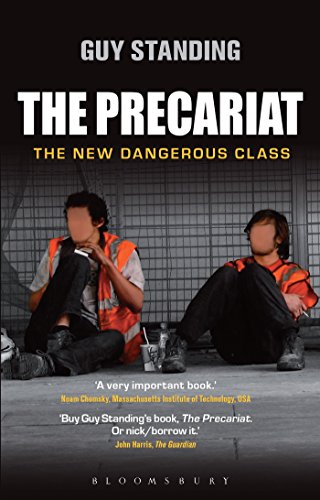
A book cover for The Precariat: The New Dangerous Class; Guy Standing; Business & Money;